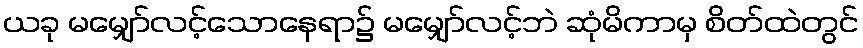
ယခု မမျှော်လင့်သောနေရာ၌ မမျှော်လင့်ဘဲ ဆုံမိကာမှ စိတ်ထဲတွင်